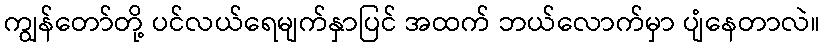
ကျွန်တော်တို့ ပင်လယ်ရေမျက်နှာပြင် အထက် ဘယ်လောက်မှာ ပျံနေတာလဲ။